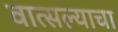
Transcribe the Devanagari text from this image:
वात्सल्याचा